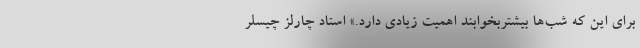
برای این که شب‌ها بیشتربخوابند اهمیت زیادی دارد.» استاد چارلز چیسلر